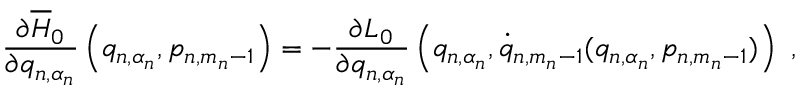
\frac { \partial \overline { { { H } } } _ { 0 } } { \partial q _ { n , \alpha _ { n } } } \left( q _ { n , \alpha _ { n } } , p _ { n , m _ { n } - 1 } \right) = - \frac { \partial L _ { 0 } } { \partial q _ { n , \alpha _ { n } } } \left( q _ { n , \alpha _ { n } } , \dot { q } _ { n , m _ { n } - 1 } ( q _ { n , \alpha _ { n } } , p _ { n , m _ { n } - 1 } ) \right) \ ,